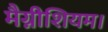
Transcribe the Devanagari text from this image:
मैग्नीशियम।